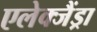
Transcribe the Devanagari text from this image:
एलेक्जैंड्रा